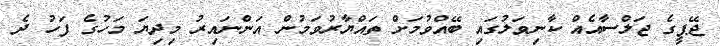
ޖޭޕީގެ ޖަލްސާއެއް ކާނިވަލުގައި ބޭއްވުމަށް ތައްޔާރުވަމުން އަންނައިރު މިދިޔަ މަހުގެ ފަހު ދެ